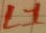
Text: L1